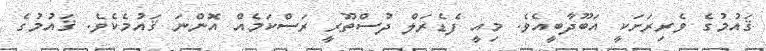
ޤައުމުގެ ވެރިރަށަކީ އަބޫދާބީއެވެ. މިއީ ފެޑެރަލް ދުސްތޫރީ ރަސްކަމެއް އޮންނަ ޤައުމެކެވެ. ޤައުމުގެ